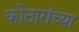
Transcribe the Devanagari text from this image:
कोठारांच्या